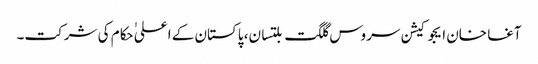
آغا خان ایجوکیشن سروس گلگت بلتسان، پاکستان کے اعلی ٰحکام کی شرکت۔